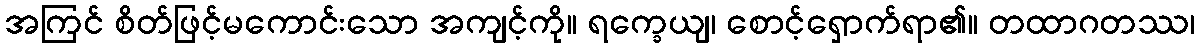
အကြင် စိတ်ဖြင့်မကောင်းသော အကျင့်ကို။ ရက္ခေယျ၊ စောင့်ရှောက်ရာ၏။ တထာဂတဿ၊